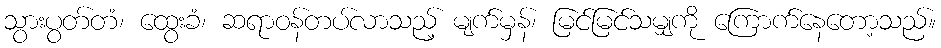
သွားပွတ်တံ၊ ထွေးခံ၊ ဆရာဝန်တပ်လာသည့် မျက်မှန်၊ မြင်မြင်သမျှကို ကြောက်နေတော့သည်။